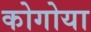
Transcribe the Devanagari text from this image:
कोगोया